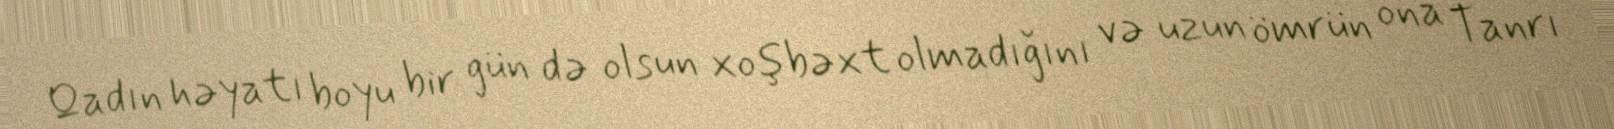
Qadın həyatı boyu bir gün də olsun xoşbəxt olmadığını və uzun ömrün ona Tanrı